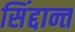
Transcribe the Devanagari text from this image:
सिंद्दान्त